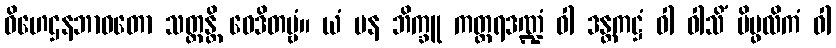
ဝိဟေဌနဘာဝတော သတ္ထန္တိ ဝေဒိတဗ္ဗံ။ ယံ ပန ဘိက္ခူ ကတ္တရဒဏ္ဍံ ဝါ ဒန္တကဋ္ဌံ ဝါ ဝါသိံ ပိပ္ဖလိကံ ဝါ